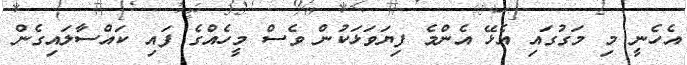
އެހެނީ މި މަގުގައި އެޅޭ އެންމެ ފިޔަވަޅަކުން ވެސް މީހެއްގެ ފައި ކައްސާލައިގެން